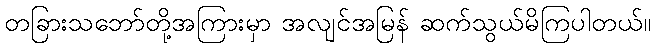
တခြားသဘော်တို့အကြားမှာ အလျင်အမြန် ဆက်သွယ်မိကြပါတယ်။